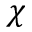
\chi